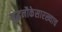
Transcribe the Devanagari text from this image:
युद्धनौकेसारख्याच